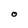
Character: O